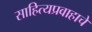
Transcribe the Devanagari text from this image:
साहित्यप्रवाहाचे